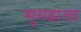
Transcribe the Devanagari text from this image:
सुमद्राला